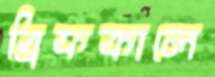
ব্রিফকালে